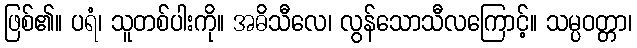
ဖြစ်၏။ ပရံ၊ သူတစ်ပါးကို။ အဓိသီလေ၊ လွန်သောသီလကြောင့်။ သမ္ပဝတ္တာ၊